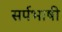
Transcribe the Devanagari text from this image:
सर्पभाषी